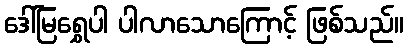
ဒေါ်မြရွှေပါ ပါလာသောကြောင့် ဖြစ်သည်။